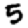
Digit: 5